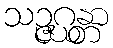
သဉ္ဇဂ္ဃန္တာ